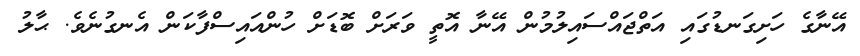
އޭނާގެ ހަށިގަނޑުގައި އަތްޖައްސައިލުމުން އޭނާ އޮތީ ވަރަށް ބޮޑަށް ހުންއައިސްފާކަން އެނގުނެވެ. ޙާލު